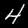
Digit: 4